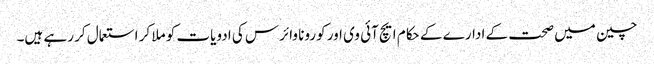
چین میں صحت کے ادارے کے حکام ایچ آئی وی اور کورونا وائرس کی ادویات کو ملا کر استعمال کر رہے ہیں۔